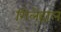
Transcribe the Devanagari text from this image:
गिलेहाल